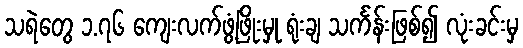
သရဲတွေ ၁.၇၆ ကျေးလက်ဖွံ့ဖြိုးမှု ရုံးချ သင်္ကန်းဖြစ်၍ လုံးခင်းမှ